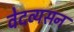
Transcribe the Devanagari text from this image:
वेदव्यसन